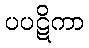
ပပဋိကာ